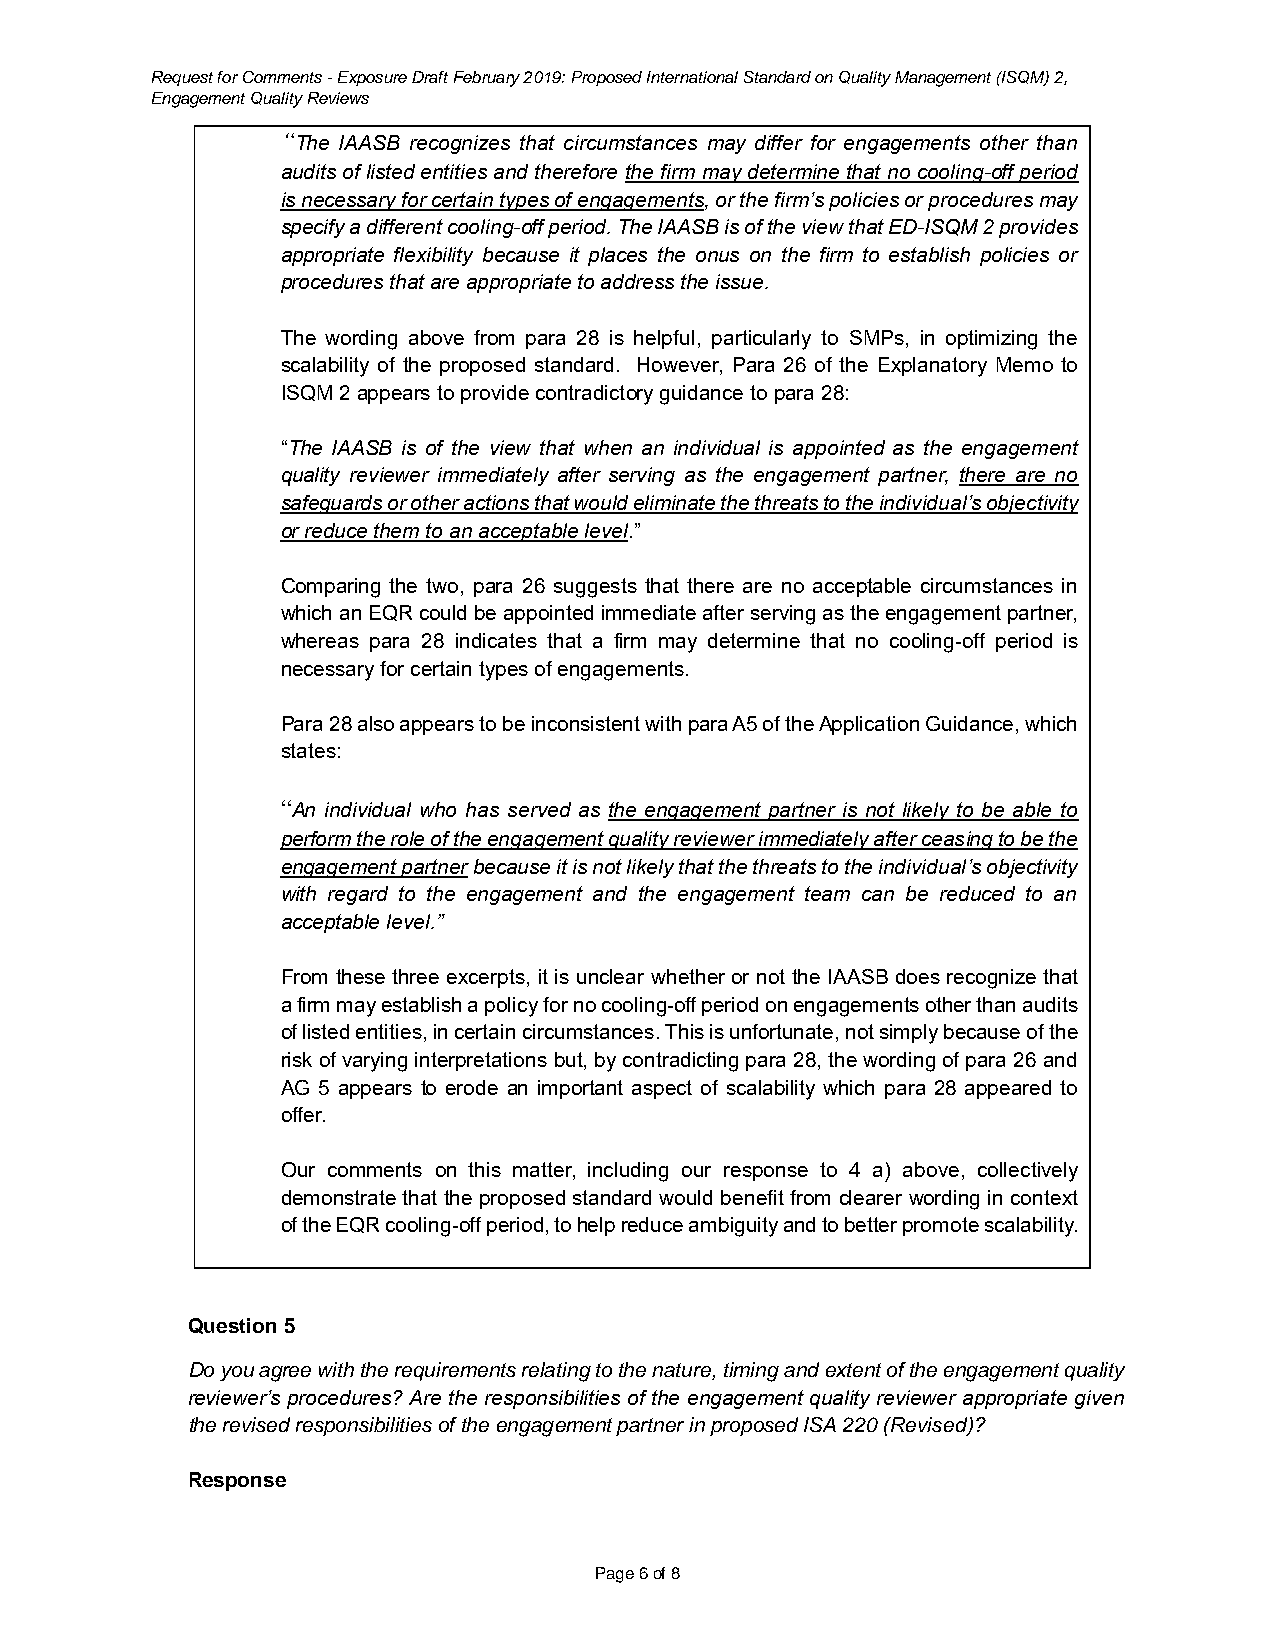
Request for Comments - Exposure Draft February 2019: Proposed International Standard on Quality Management (ISQM) 2,
 Engagement Quality Reviews
 “The IAASB recognizes that circumstances may differ for engagements other than
 audits of listed entities and therefore the firm may determine that no cooling-off period
 is necessary for certain types of engagements, or the firm’s policies or procedures may
 specify a different cooling-off period. The IAASB is of the view that ED-ISQM 2 provides
 appropriate flexibility because it places the onus on the firm to establish policies or
 procedures that are appropriate to address the issue.
 The wording above from para 28 is helpful, particularly to SMPs, in optimizing the
 scalability of the proposed standard. However, Para 26 of the Explanatory Memo to
 ISQM 2 appears to provide contradictory guidance to para 28:
 “The IAASB is of the view that when an individual is appointed as the engagement
 quality reviewer immediately after serving as the engagement partner, there are no
 safeguards or other actions that would eliminate the threats to the individual’s objectivity
 or reduce them to an acceptable level.”
 Comparing the two, para 26 suggests that there are no acceptable circumstances in
 which an EQR could be appointed immediate after serving as the engagement partner,
 whereas para 28 indicates that a firm may determine that no cooling-off period is
 necessary for certain types of engagements.
 Para 28 also appears to be inconsistent with para A5 of the Application Guidance, which
 states:
 “An individual who has served as the engagement partner is not likely to be able to
 perform the role of the engagement quality reviewer immediately after ceasing to be the
 engagement partner because it is not likely that the threats to the individual’s objectivity
 with regard to the engagement and the engagement team can be reduced to an
 acceptable level.”
 From these three excerpts, it is unclear whether or not the IAASB does recognize that
 a firm may establish a policy for no cooling-off period on engagements other than audits
 of listed entities, in certain circumstances. This is unfortunate, not simply because of the
 risk of varying interpretations but, by contradicting para 28, the wording of para 26 and
 AG 5 appears to erode an important aspect of scalability which para 28 appeared to
 offer.
 Our comments on this matter, including our response to 4 a) above, collectively
 demonstrate that the proposed standard would benefit from clearer wording in context
 of the EQR cooling-off period, to help reduce ambiguity and to better promote scalability.
 Question 5
 Do you agree with the requirements relating to the nature, timing and extent of the engagement quality
 reviewer’s procedures? Are the responsibilities of the engagement quality reviewer appropriate given
 the revised responsibilities of the engagement partner in proposed ISA 220 (Revised)?
 Response
 Page 6 of 8